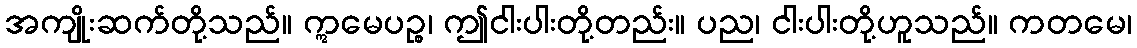
အကျိုးဆက်တို့သည်။ ဣမေပဉ္စ၊ ဤငါးပါးတို့တည်း။ ပည၊ ငါးပါးတို့ဟူသည်။ ကတမေ၊